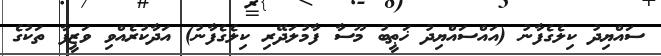
ސައްޔިދު ކިލެގެފާނު (އައްސައްޔިދު ޚަޠީބު މޫސާ ފާމުލަދޭރި ކިލެގެފާނު) އަދާކުރެއްވި ވަޒީފާ ތަކުގެ